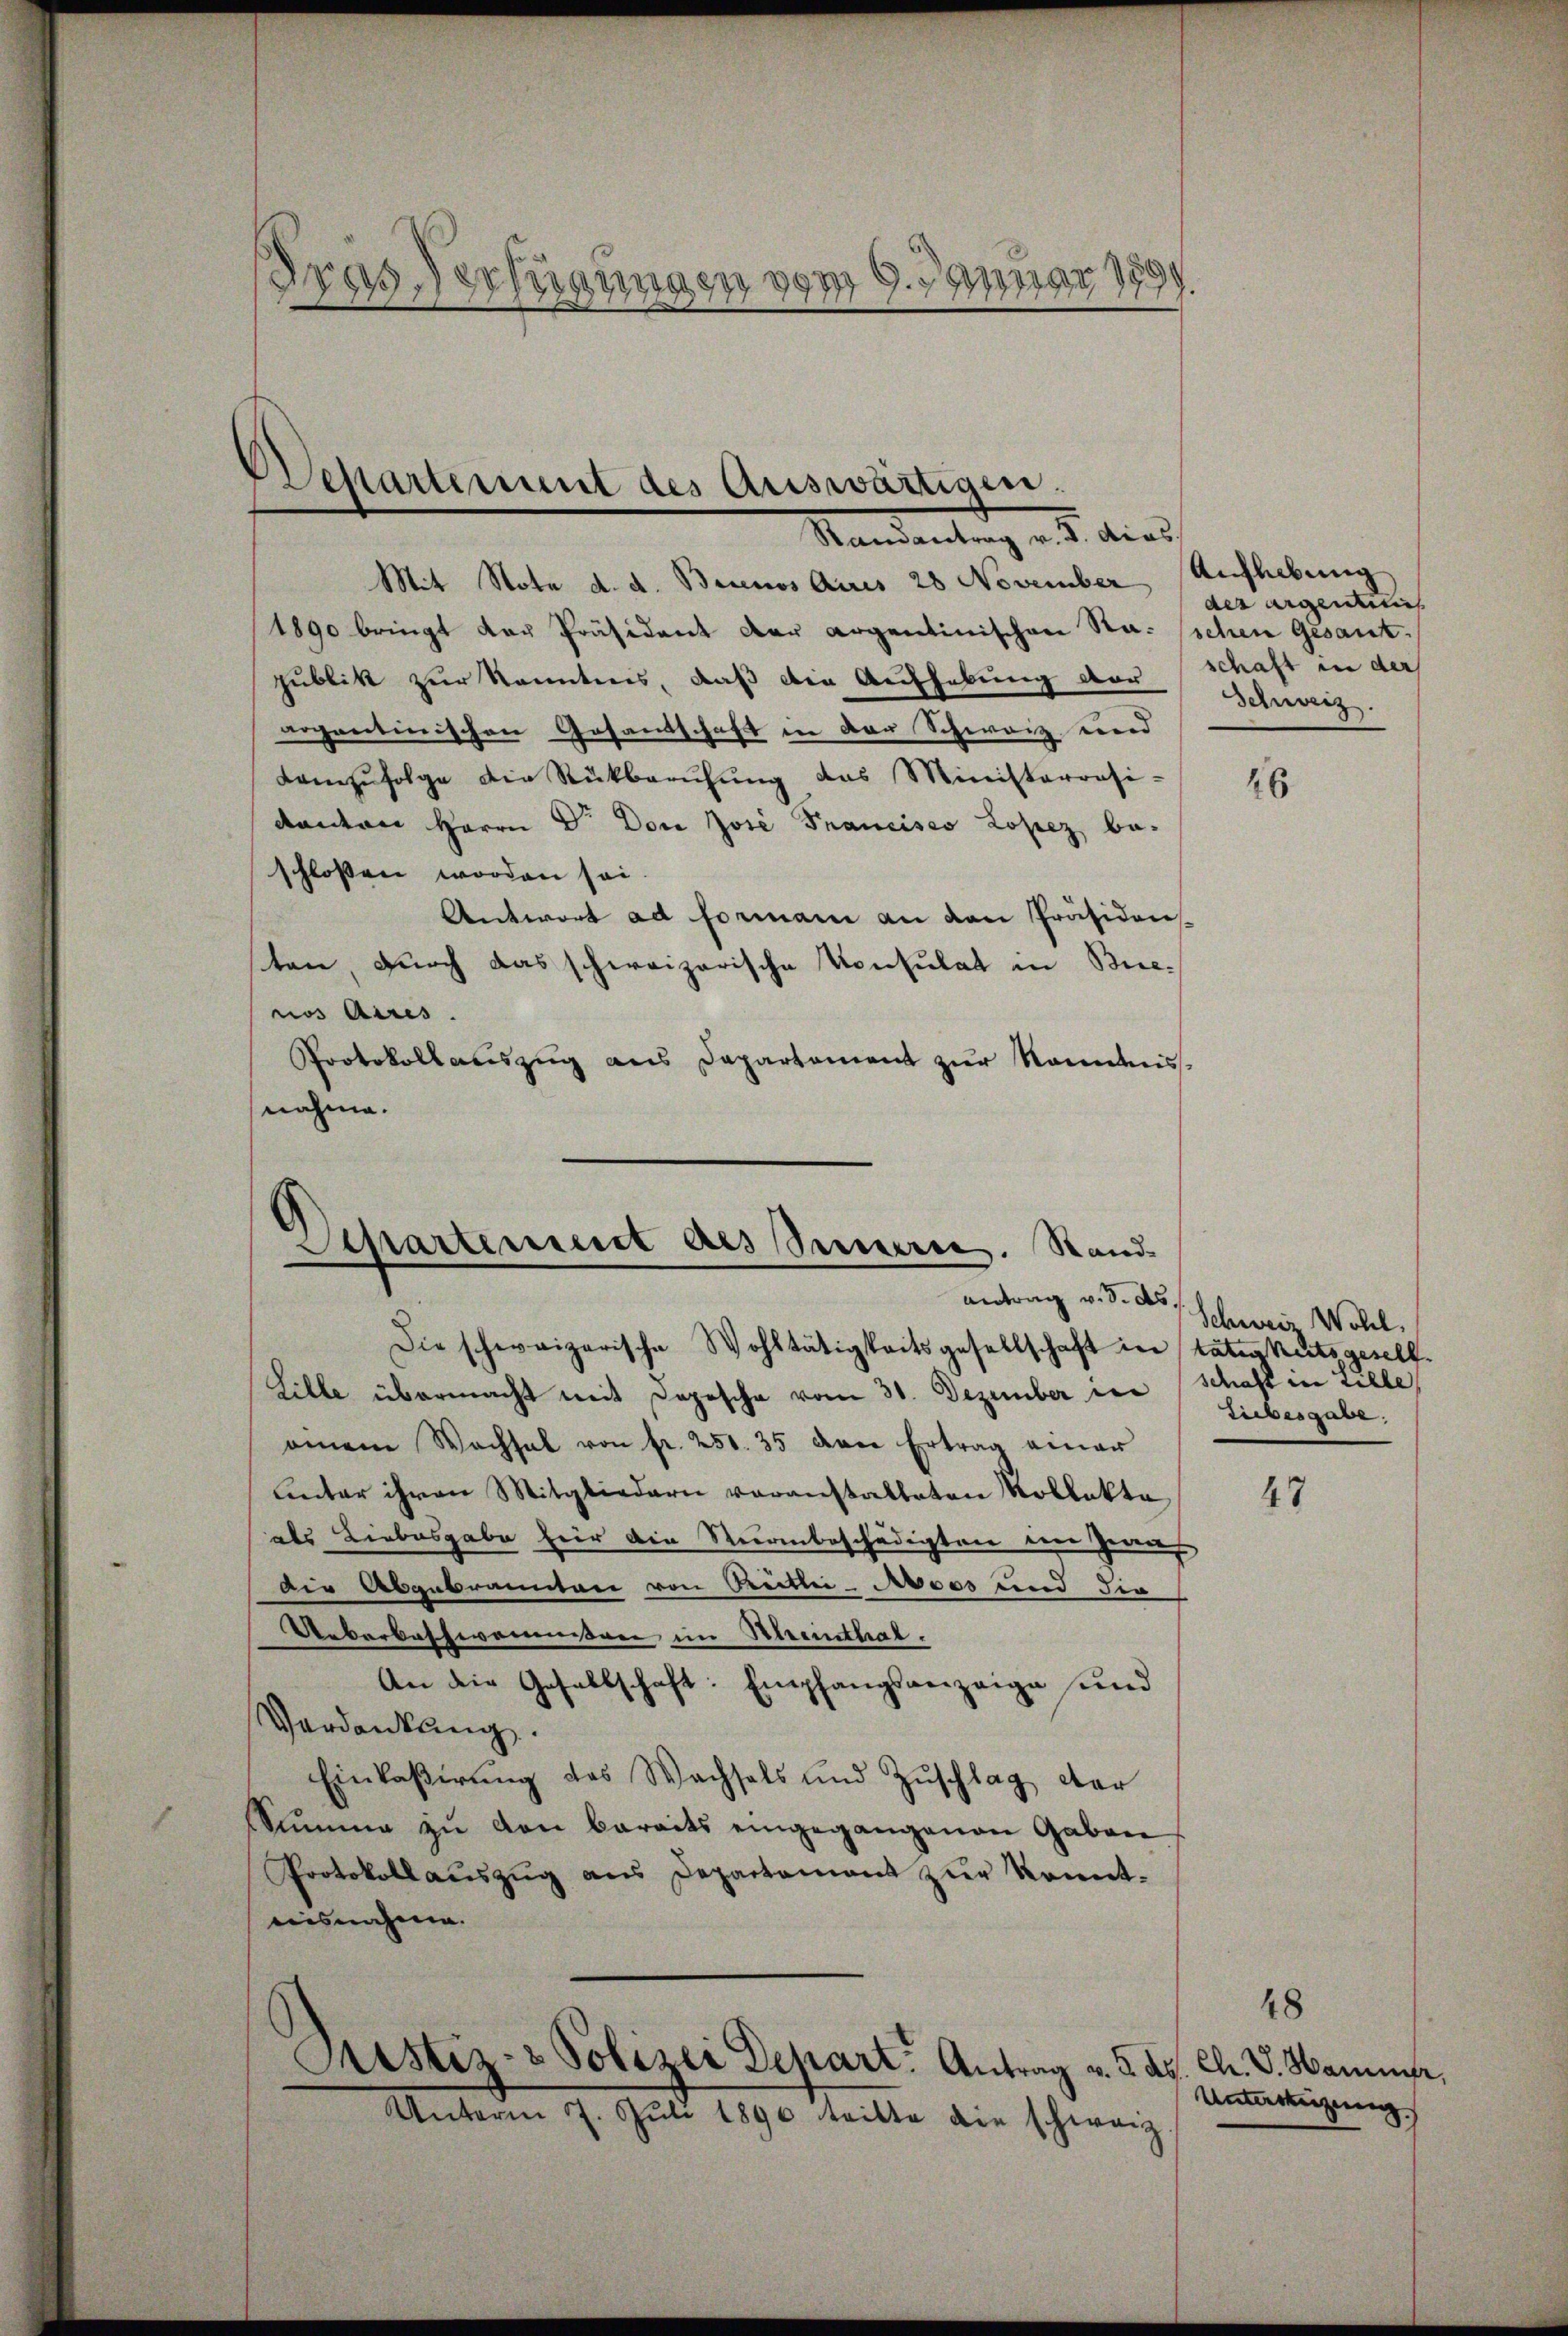
Gras Verfügungen vom 9. Januar 1899.

Desartement des Auswärtigen.
Randantrag v. J. dies

Mit Nota d. d. Becenos Aires 28 November, Aufhebung
1890 bringt der Präsident der argentinischen Sta. (schen Gesantpublik zur Kenntnis, daß die Aufhebung der schaft in der
aogantinischen Gesandschaft in der Schweiz wird
Kamzŭfolge die Rückberŭhŭng das Ministerrasi-
kanton Herrn Dr. Don Jose Francisco Lopez be-
schlossen worden sei
Antwort ad Formani an den Präsidens-
ten, durch das schweizerische Konsulat in Bienos Aires.
Protokollauszug aus Departement zur Randensnahme.

Departement des Sinnern. Stand
antrag v. 3. ds.

Die schweizerische Wohltätigkeitsgesellschaft in tätigkeitsgesell
Lille übermacht mit Depesche vom 31. Dezember die Schaft in Lille,
einem Wachsal von fr. 250. 35 den Ertrag einer
unter ihren Mitgliedern voranstalteten Rollekte,
aes Liebesgabe hier die Weerbeschädigten der Genus
Die Abgebrannten von Preitlei- Asses und die
Ueberbachwameißen im Rheinthal.
An die Gesellschaft: Empfangsanzeige und
Verdankung.
Einkaβerŭng des Wachsels und Zŭschlag der
Summe zŭ von Baraits eingegangenen Gaben
Protokollaŭszŭg ans Departement zŭr konnt-
ausnahme.
E
Justiz- & Polizei Depart. Antrag v. 5. ds. Ch. V. Hammer,
Unterm 7. Jŭli 1890 tritte die schweiz

der argentlich
Schweiz.

46

Schweiz. Wohl,
tibesgabe.

47

48
Untertigung